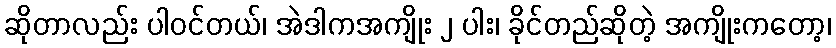
ဆိုတာလည်း ပါဝင်တယ်၊ အဲဒါကအကျိုး ၂ ပါး၊ ခိုင်တည်ဆိုတဲ့ အကျိုးကတော့၊